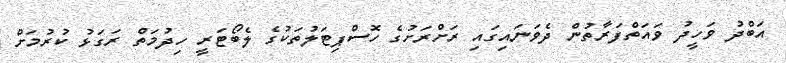
އަބްދު ވަހީދު ވައަތްފަރާތުން ދެވަނައިގައި ރަށްރަށުގެ ހޮސްޕިޓަލުތަކުގެ ލެބޯޓަރީ ހިދުމަތް ރަގަޅު ކުރުމަށް